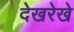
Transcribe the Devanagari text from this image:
देखरेखे